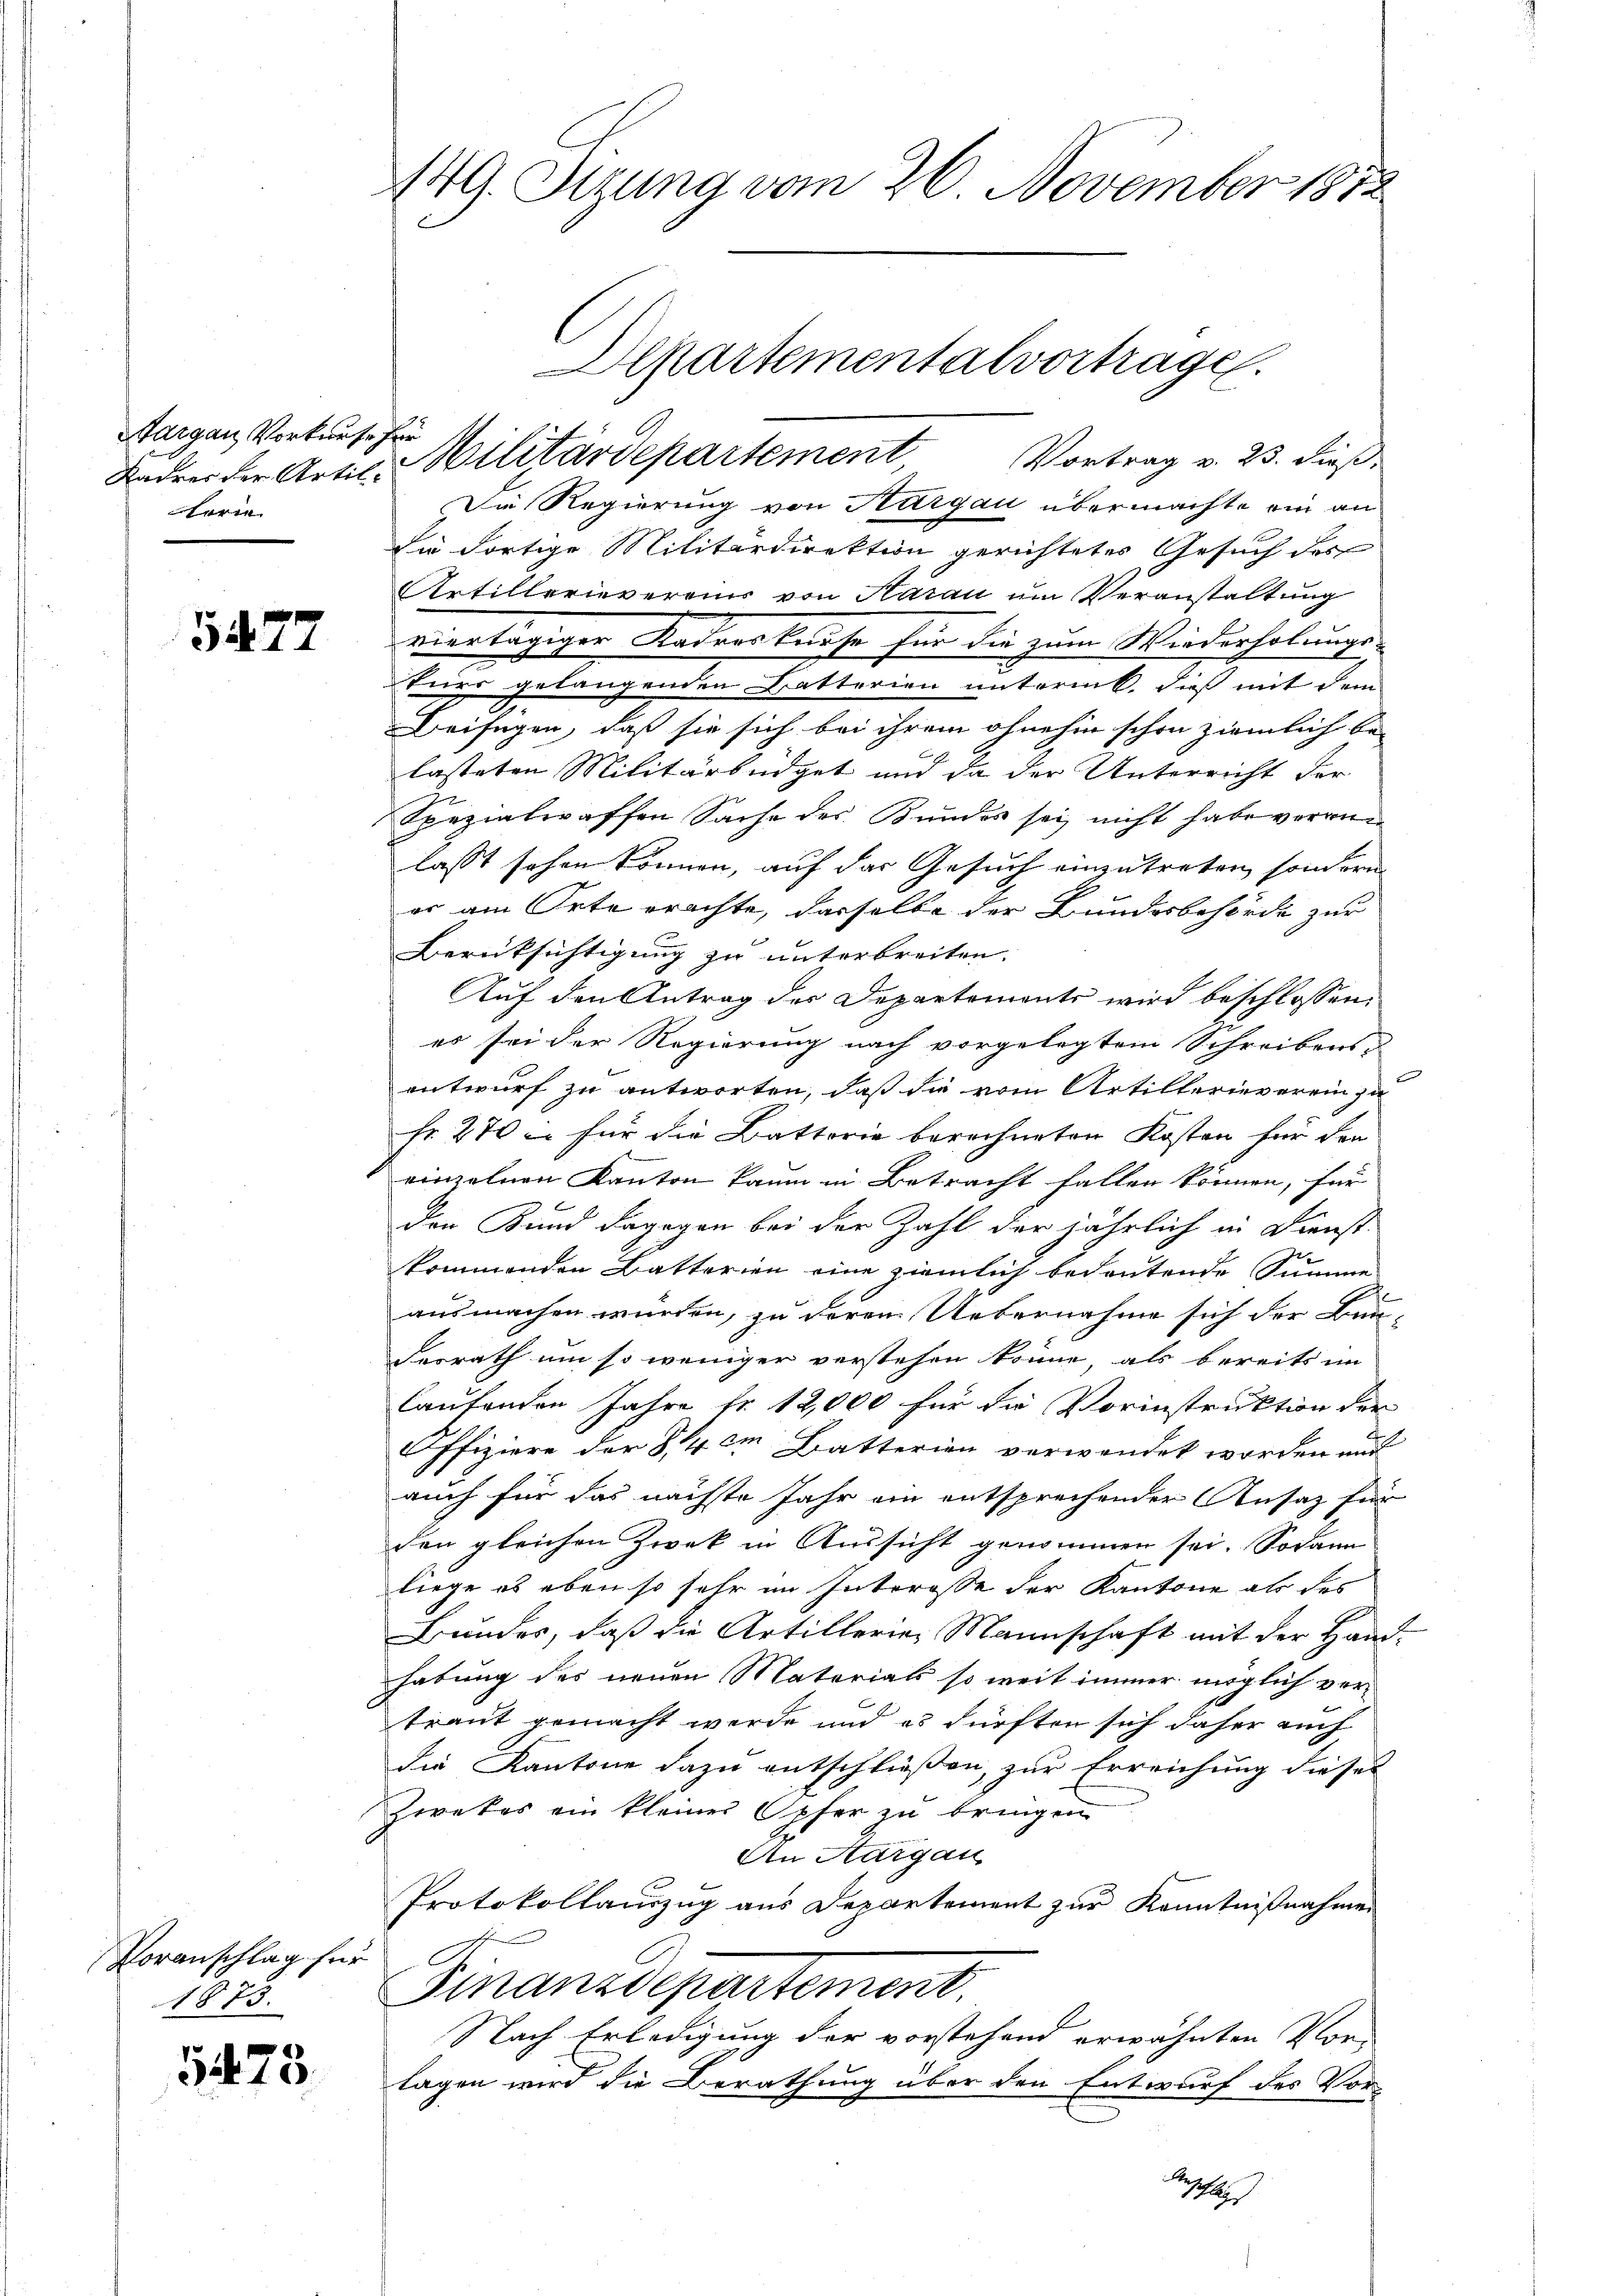
Sargau Vorkaufe für
harin

5477

Voranschlag für
1873.

5473.

149. Situng vom 26. November 1872

Die Regierung von Aargau übermachte ein an
Die dortige Militärdirektion gerichtetes Gesuch des
Artillerievereins von Harau um Veranstaltung
viertägiger Kadeorkaufe für die zum Wiederholungs-
turs gelangenden Batterien unterint. dieß mit dem
Beifügen, daß sie sich bei ihrem ohnehin schon ziemlich be-
lasteten Militärbüdget und da der Unterricht der
Spezialwaffen Sache des Bundes sei nicht habe verann
lasst sehen können, auf das Gesuch einzutreten sondern
er am Orte erachte, dasselbe der Bundesbehörde zur
Berüksichtigung zu unterbreiten.
Auf den Antrag der Departements wird beschlossen:
es sei der Regierung nach vorgelegtem Schreibens-
entwurf zu antworten, daß die vom Artillerieverein zu
Fr. 270 in für die Battorie berechneten Kosten für den
einzelnen Kanton kaum in Betracht fallen können, für
den Bund dagegen bei der Zahl der jährlich in Dienst-
kommenden Batterien eine ziemlich bedeutende Summe
ausmachen würden, zu deren Uebernahme sich der Bau-
Ferrath um so weniger verstehen könne, als bereits im
laufenden Jahre fr. 12,000 für die Vorinstruktion der
Pfiziere der S. 4 cm Batterien verwendet worden und
auch für das nächste Jahr ein entsprechender Ansatz für
den gleichen Zwek in Aussicht genommen sei. Sodann
liege es eben so sehr im Interesse der Kantone als des
Bundes, daß die Artillerien Mannschaft mit der Hand-
habung des neuen Materials so weit immer möglich ver-
traut gemacht werde und es dürften sich daher auch
die Kantone dazu entschließen, zur Erreichung dieses
Zwekes ein kleiner Opfer zu bringen
An Aargau
Protokollauszug aus Departement zur Kenntnißnahmen
Finanzdepartement.
Nach Erledigung der vorstehend erwähnten Vor-
lagen wird die Berathung über den Entwurf des Vor¬
Rechtes

Radres der Artil-Militärdepartement, Vortrag v. 23. dieß,

partementalvortrage.